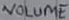
Text: VOLUME